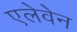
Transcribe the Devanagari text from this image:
एलेवेन